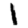
Digit: 1